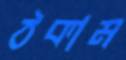
ঠকাম